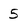
Character: 5